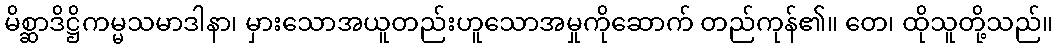
မိစ္ဆာဒိဋ္ဌိကမ္မသမာဒါနာ၊ မှားသောအယူတည်းဟူသောအမှုကိုဆောက် တည်ကုန်၏။ တေ၊ ထိုသူတို့သည်။